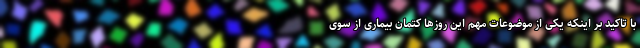
با تاکید بر اینکه یکی از موضوعات مهم این روزها کتمان بیماری از سوی